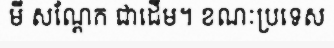
មី សណ្តែក ជាដើម។ ខណៈប្រទេស